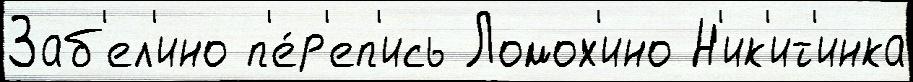
Заб'ел'ино п'е́р'еп'ись Ломох'ино Н'ик'ит'инка